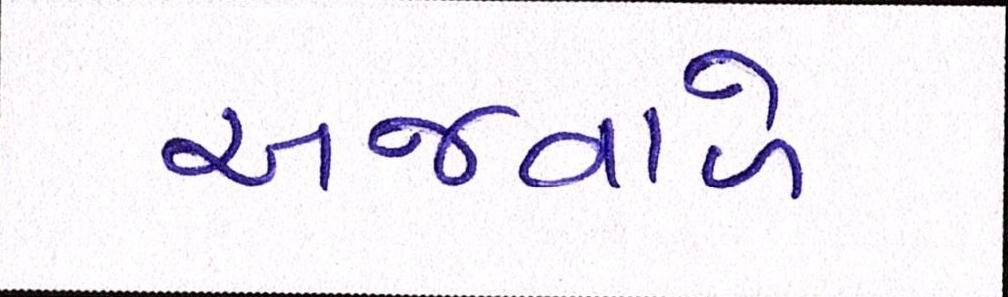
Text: અજવાળે